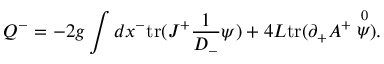
Q ^ { - } = - 2 g \int d x ^ { - } \mathrm { t r } ( J ^ { + } \frac { 1 } { D _ { - } } \psi ) + 4 L \mathrm { t r } ( \partial _ { + } A ^ { + } \stackrel { 0 } { \psi } ) .